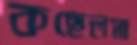
কছেলস্না